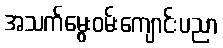
အသက်မွေးဝမ်းကျောင်းပညာ